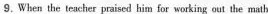
9.When the teacher praised him for working out the math